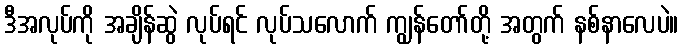
ဒီအလုပ်ကို အချိန်ဆွဲ လုပ်ရင် လုပ်သလောက် ကျွန်တော်တို့ အတွက် နစ်နာလေပဲ။